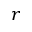
r